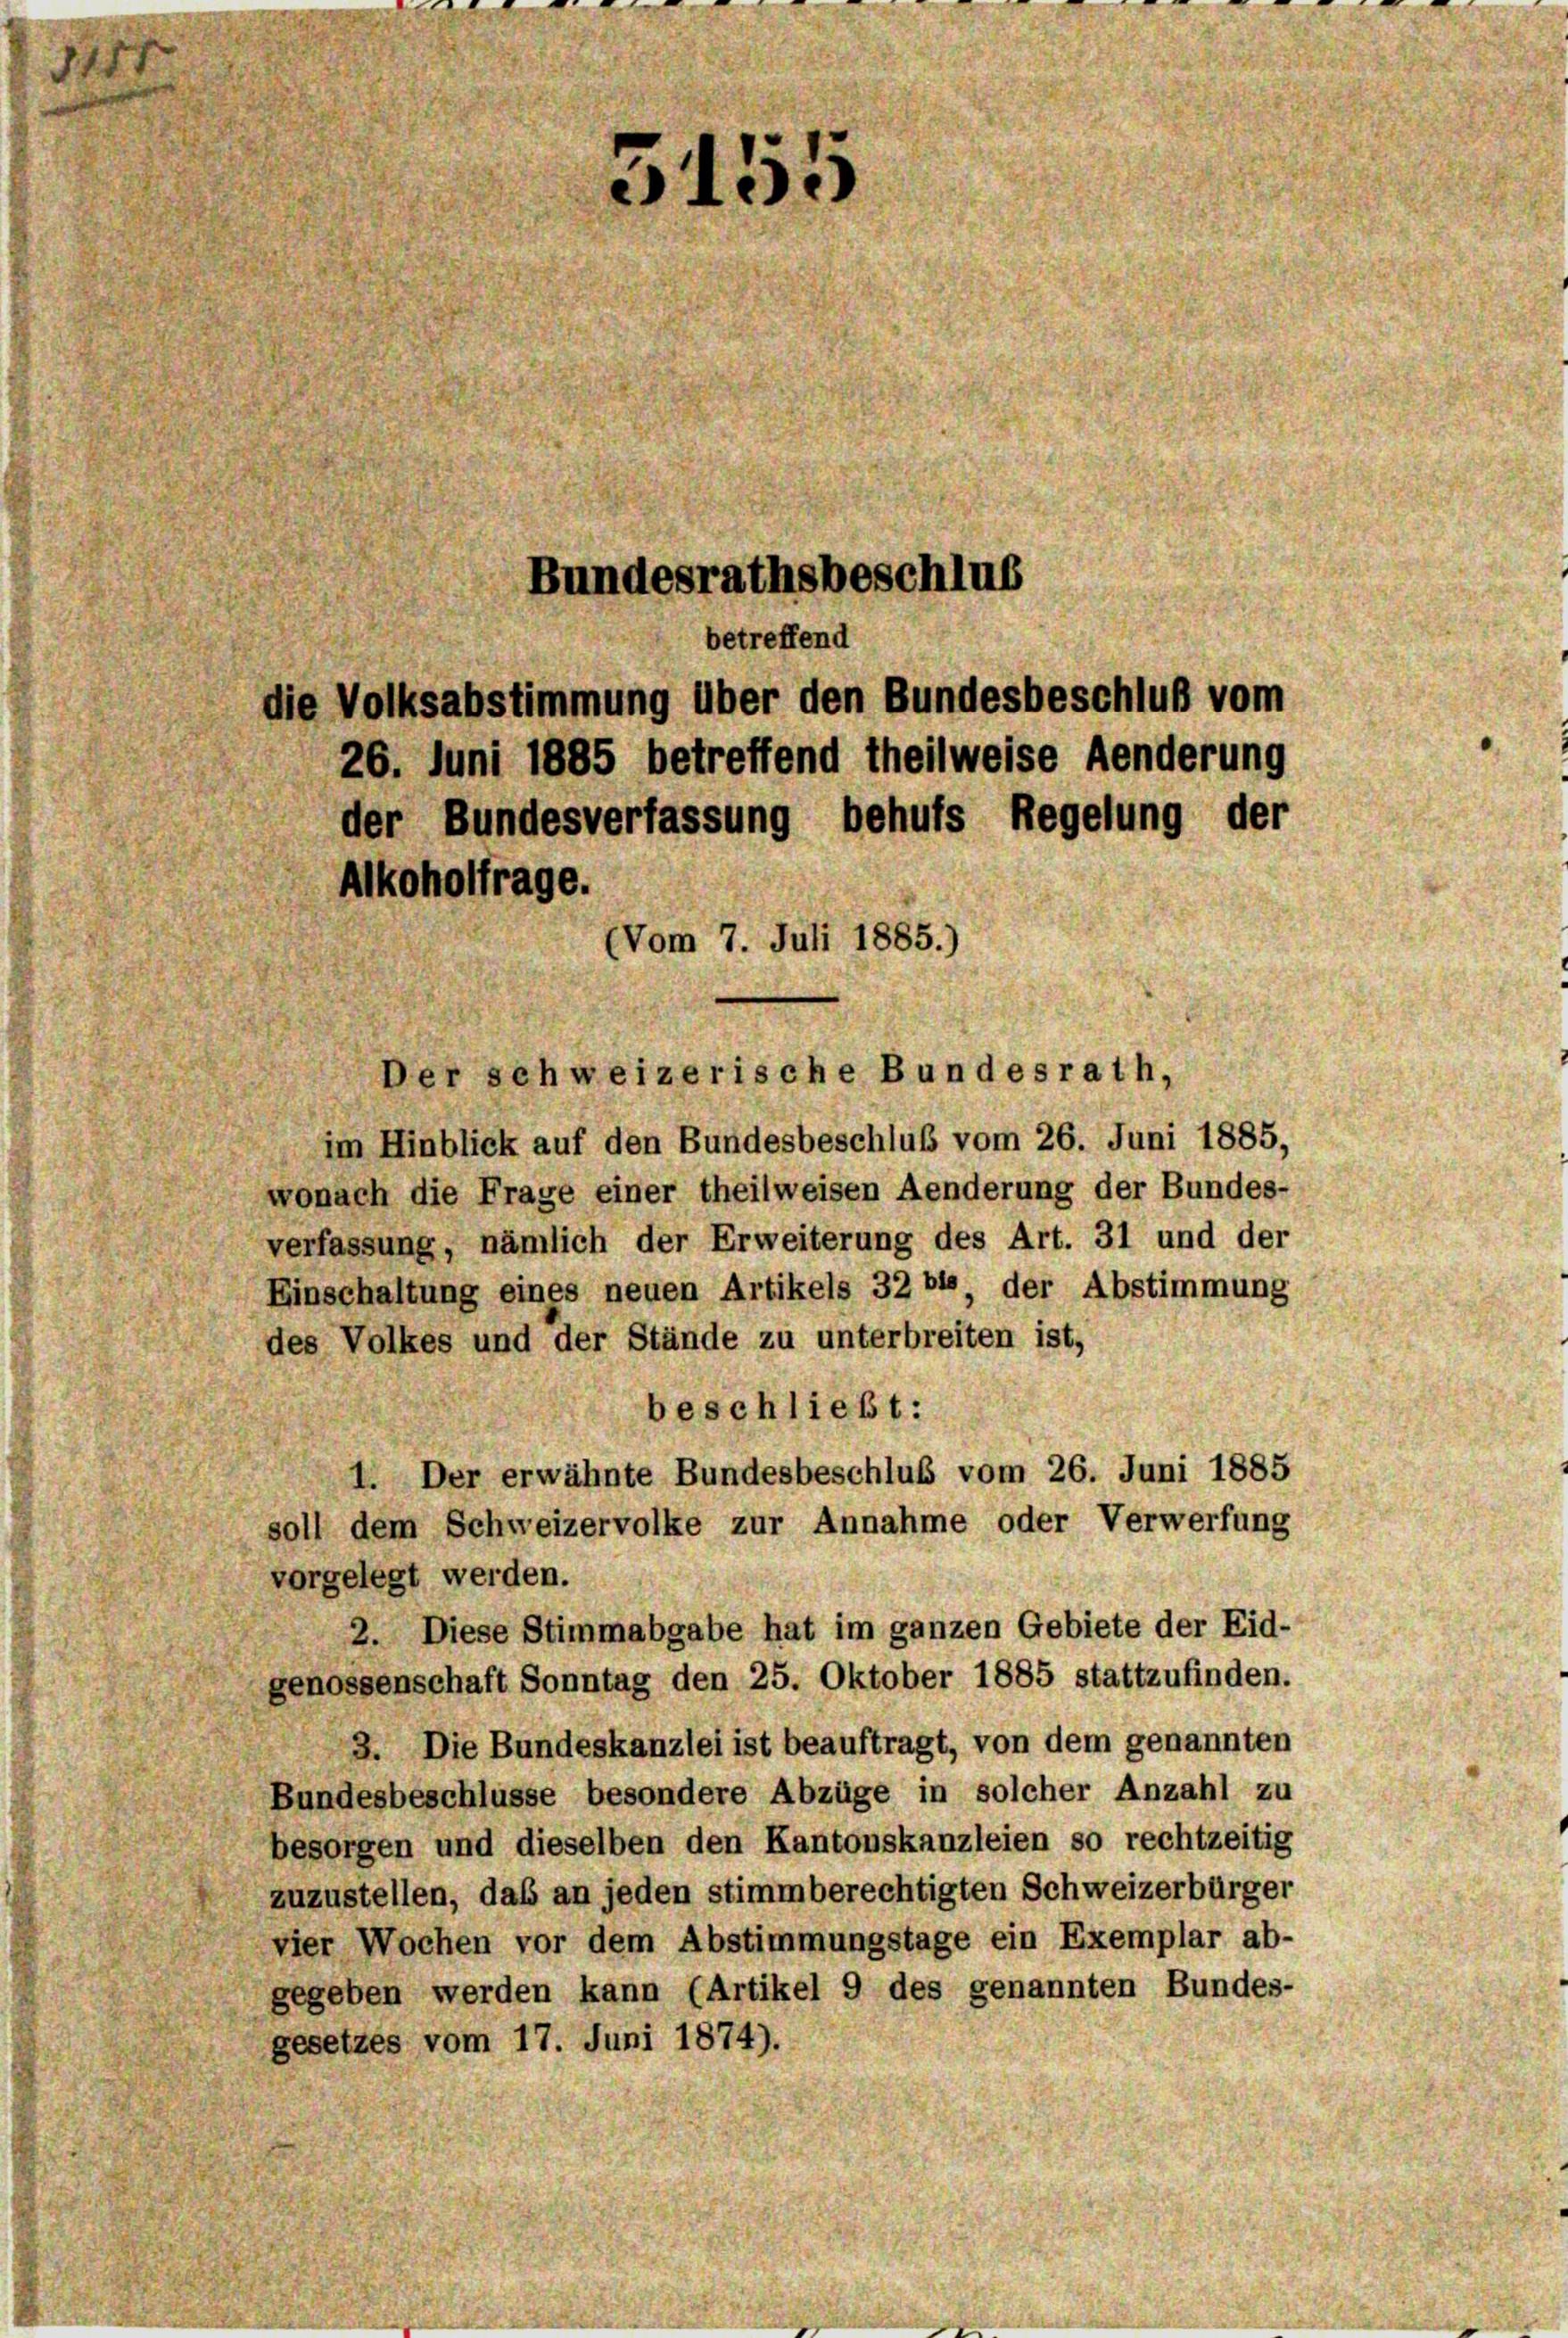
.

15.
Bundesrathsbeschlus

betreffend
Volksabstimmung über den Bundesbeschluß vom
26. Juni 1885 betreffend theilweise Aenderung

der Bundesverfassung behufs Regelung der
Alkoholfrage.
Vom 7. Juli 1885.)

im Hinblick auf den Bundesbeschluß vom 26. Juni 1885,
wonach die Frage einer theilweisen Aenderung der Bundes-
verfassung, nämlich der Erweiterung des Art. 31 und der
Einschaltung eines neuen Artikels 32 bis der Abstimmung
des Volkes und der Stände zu unterbreiten ist,
eschließt:
I. Der erwähnte Bundesbeschluß vom 26. Juni 1885
soll dem Schweizervolke zur Annahme oder Verwerfung
vorgelegt werden.
2. Diese Stimmabgabe hat im ganzen Gebiete der Eid-
genossenschaft Sonntag den 25. Oktober 1885 stattzufinden.
Die Bundeskanzlei ist beauftragt, von dem genannten
3.
Bundesbeschlüsse besondere Abzüge in solcher Anzahl zu
besorgen und dieselben den Kantonskanzleien so rechtzeitig
zuzustellen, daß an jeden stimmberechtigten Schweizerbürger
vier Wochen vor dem Abstimmungstage ein Exemplar ab-
gegeben werden kann (Artikel 9 des genannten Bundes-
gesetzes vom 17. Juni 1874).

er schweizerische Bundesrath,